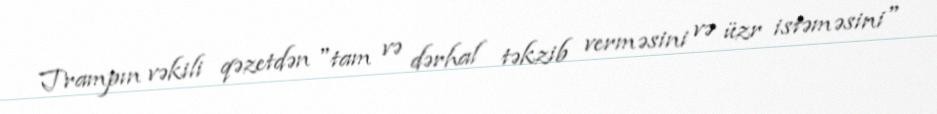
Trampın vəkili qəzetdən "tam və dərhal təkzib verməsini və üzr istəməsini"